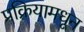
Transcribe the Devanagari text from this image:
प्रक्रियामधून